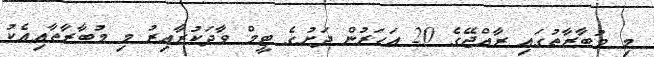
މި މުބާރާތުގައި ރާއްޖޭގެ 20 އަހަރުން ދަށުގެ ޓީމް ވާދަކުރާއިރު މި މުބާރާތާއިއެކު